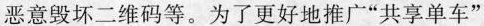
恶意毁坏二维码等。为了更好地推广”共享单车”